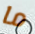
ما